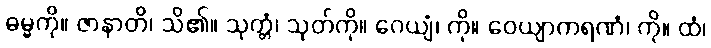
ဓမ္မကို။ ဇာနာတိ၊ သိ၏။ သုတ္တံ၊ သုတ်ကို။ ဂေယျံ၊ ကို။ ဝေယျာကရဏံ၊ ကို။ ထံ၊